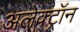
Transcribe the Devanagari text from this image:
अलेक्ट्रॉन